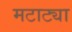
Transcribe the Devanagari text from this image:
मटाट्या